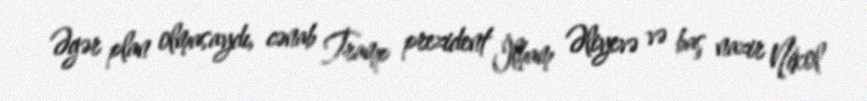
Əgər plan olmasaydı, cənab Tramp prezident İlham Əliyevə və baş nazir Nikol